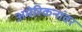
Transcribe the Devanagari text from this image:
अमेरिकनांवर